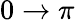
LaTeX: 0\to\pi